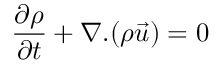
\frac { \partial \rho } { \partial { t } } + \nabla . ( \rho \vec { u } ) = 0